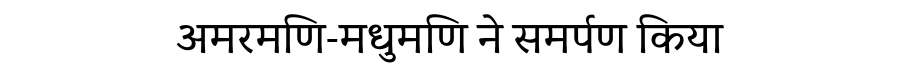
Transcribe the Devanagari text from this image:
अमरमणि-मधुमणि ने समर्पण किया